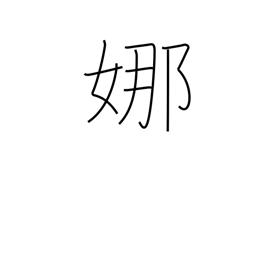
Meaning: graceful